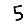
Digit: 5